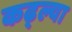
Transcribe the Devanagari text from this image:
कढ्ल्या